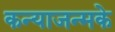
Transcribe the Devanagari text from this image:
कन्याजन्मके